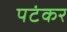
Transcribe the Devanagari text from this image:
पटंकर